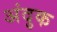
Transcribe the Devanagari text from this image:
अंदुक